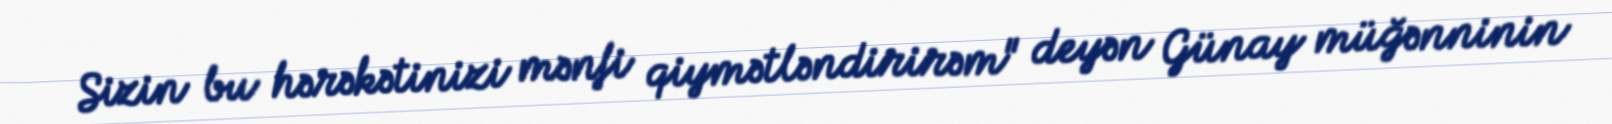
Sizin bu hərəkətinizi mənfi qiymətləndirirəm" deyən Günay müğənninin